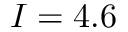
I = 4 . 6